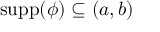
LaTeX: \operatorname { s u p p } ( \phi ) \subseteq ( a , b )